Indian Medical Review
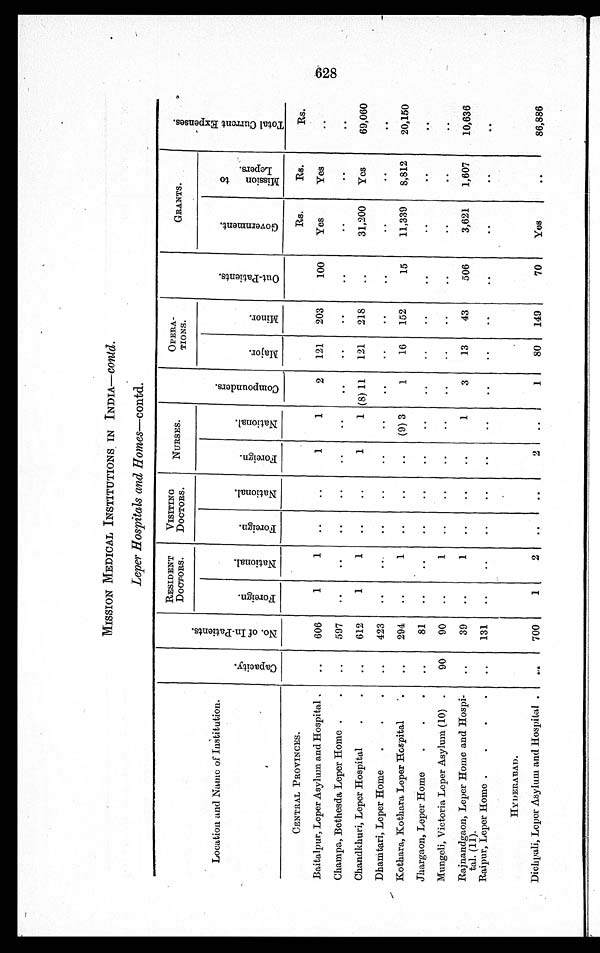
MISSION MEDICAL INSTITUTIONS IN INDIA— contd.
Leper Hospitals and Homes—contd.
Location and Name of Institution.
C a p a c i t y .
N o . o f I n - P a t i e n t s .
RESIDENT
DOCTORS.
VISITING
DOCTORS.
NURSES.
C o m p o u n d e r s .
OPERA—
TIONS.
O u t - P a t i e n t s .
GRANTS.
T o t a l C u r r e n t E x p e n s e s .
F o r e i g n . N a t i o n a l .
F o r e i g n .
N a t i o n a l .
F o r e i g n . N a t i o n a l .
M a j o r .
M i n o r .
G o v e r n m e n t .
M i s s i o n t o L e p e r s .
CENTRAL PROVINCES.
Rs.
Rs.
Rs.
Baitalpur, Leper Asylum and Hospital.
606
1
1
1
1
2
121
203
100
Yes
Yes
Champa, Bethesda Leper Home
597
Chandkhuri, Leper Hospital
612
1
1
1
1 (8) 11
121 218
31,200
Yes
69,060
Dhamtari, Leper Hom
e
423
Kothara, Kothara Leper Hospital
294
1
(9) 3
1
16 152
15
11,339
8,812
20,150
Jhargaon, Leper Home
81
Mungeli, Victoria Leper Asylum (10)
90
90
1
Rajnandgaon, Leper Home and Hospi-
tal. (11).
39
1
1
3
13
43
506
3,621
1,607
10,636
Raipur, Leper Home
131
HYDERABAD.
Dichpali, Leper Asylum and Hospital
700
1
2
2
1
80 149
70
Yes
86,886
628